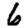
Digit: 6